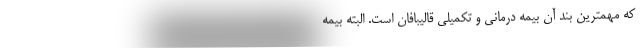
که مهمترین بند آن بیمه درمانی و تکمیلی قالیبافان است. البته بیمه